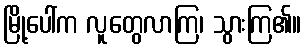
မြို့ပေါ်က လူတွေလာကြ၊ သွားကြ၏။